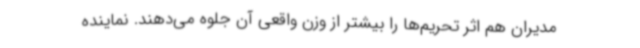
مدیران هم اثر تحریم‌ها را بیشتر از وزن واقعی آن جلوه می‌دهند. نماینده